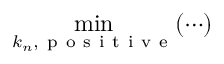
\operatorname* { m i n } _ { k _ { n } , \mathrm { ~ p ~ o ~ s ~ i ~ t ~ i ~ v ~ e ~ } } ( \cdots )